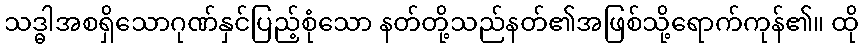
သဒ္ဓါအစရှိသောဂုဏ်နှင်ပြည့်စုံသော နတ်တို့သည်နတ်၏အဖြစ်သို့ရောက်ကုန်၏။ ထို